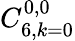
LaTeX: C_{6,k=0}^{0,0}